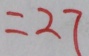
= 2 7